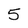
Character: 5